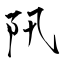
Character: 阠